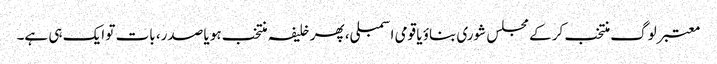
معتبر لوگ منتخب کر کے مجلس شوری بناؤ یا قومی اسمبلی، پھر خلیفہ منتخب ہو یا صدر، بات تو ایک ہی ہے۔